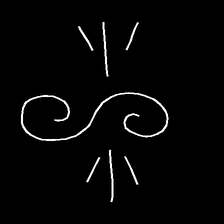
Glyph: wind-directs-air